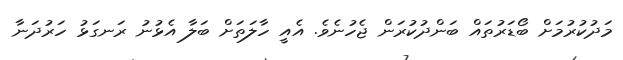
މަދުކުރުމަށް ބޯޑަރުތައް ބަންދުކުރަން ޖެހުނެވެ. އެއީ ހާލަަތަށް ބަލާ އެޅުނު ރަަނގަޅު ހަރުދަނާ